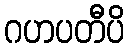
ဂဟပတီပိ